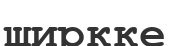
ширкке